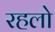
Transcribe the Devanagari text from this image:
रहलो